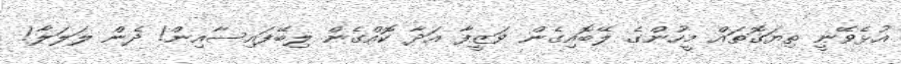
އުޅެވޭނީ ތިޔަގޮތައް މީހުންގެ ލޭބޮއިގެން ވަޒީފާ އަދާ ކޮއްގެން ލިބޭފައިސާއިން! ދެން ލަލަލާ!